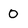
Character: 0